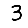
Digit: 3